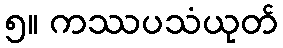
၅။ ကဿပသံယုတ်